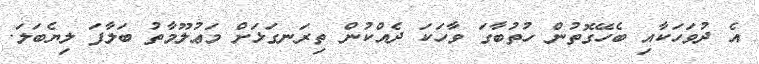
އެ ދުވަހަކާއި ބެހޭގޮތުން ހުތުބާގަ ވާހަކަ ދެއްކުން ތިރަނގަޅަށް މަޢުލޫމާތު ބަލާފަ ލިޔެބަލަ.